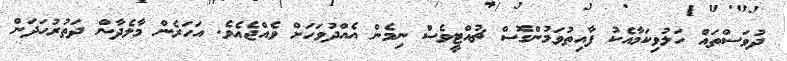
ދުވަސްތައް ހަލުވިކަމާއެކު ފާއިތުވަމުންގޮސް ޗުއްޓީވެސް ނިމެން އެއްދުވަހަށް ވެއްޖެއެވެ. އަހަރެން މާލެދާން ދަތުރުހަދަން